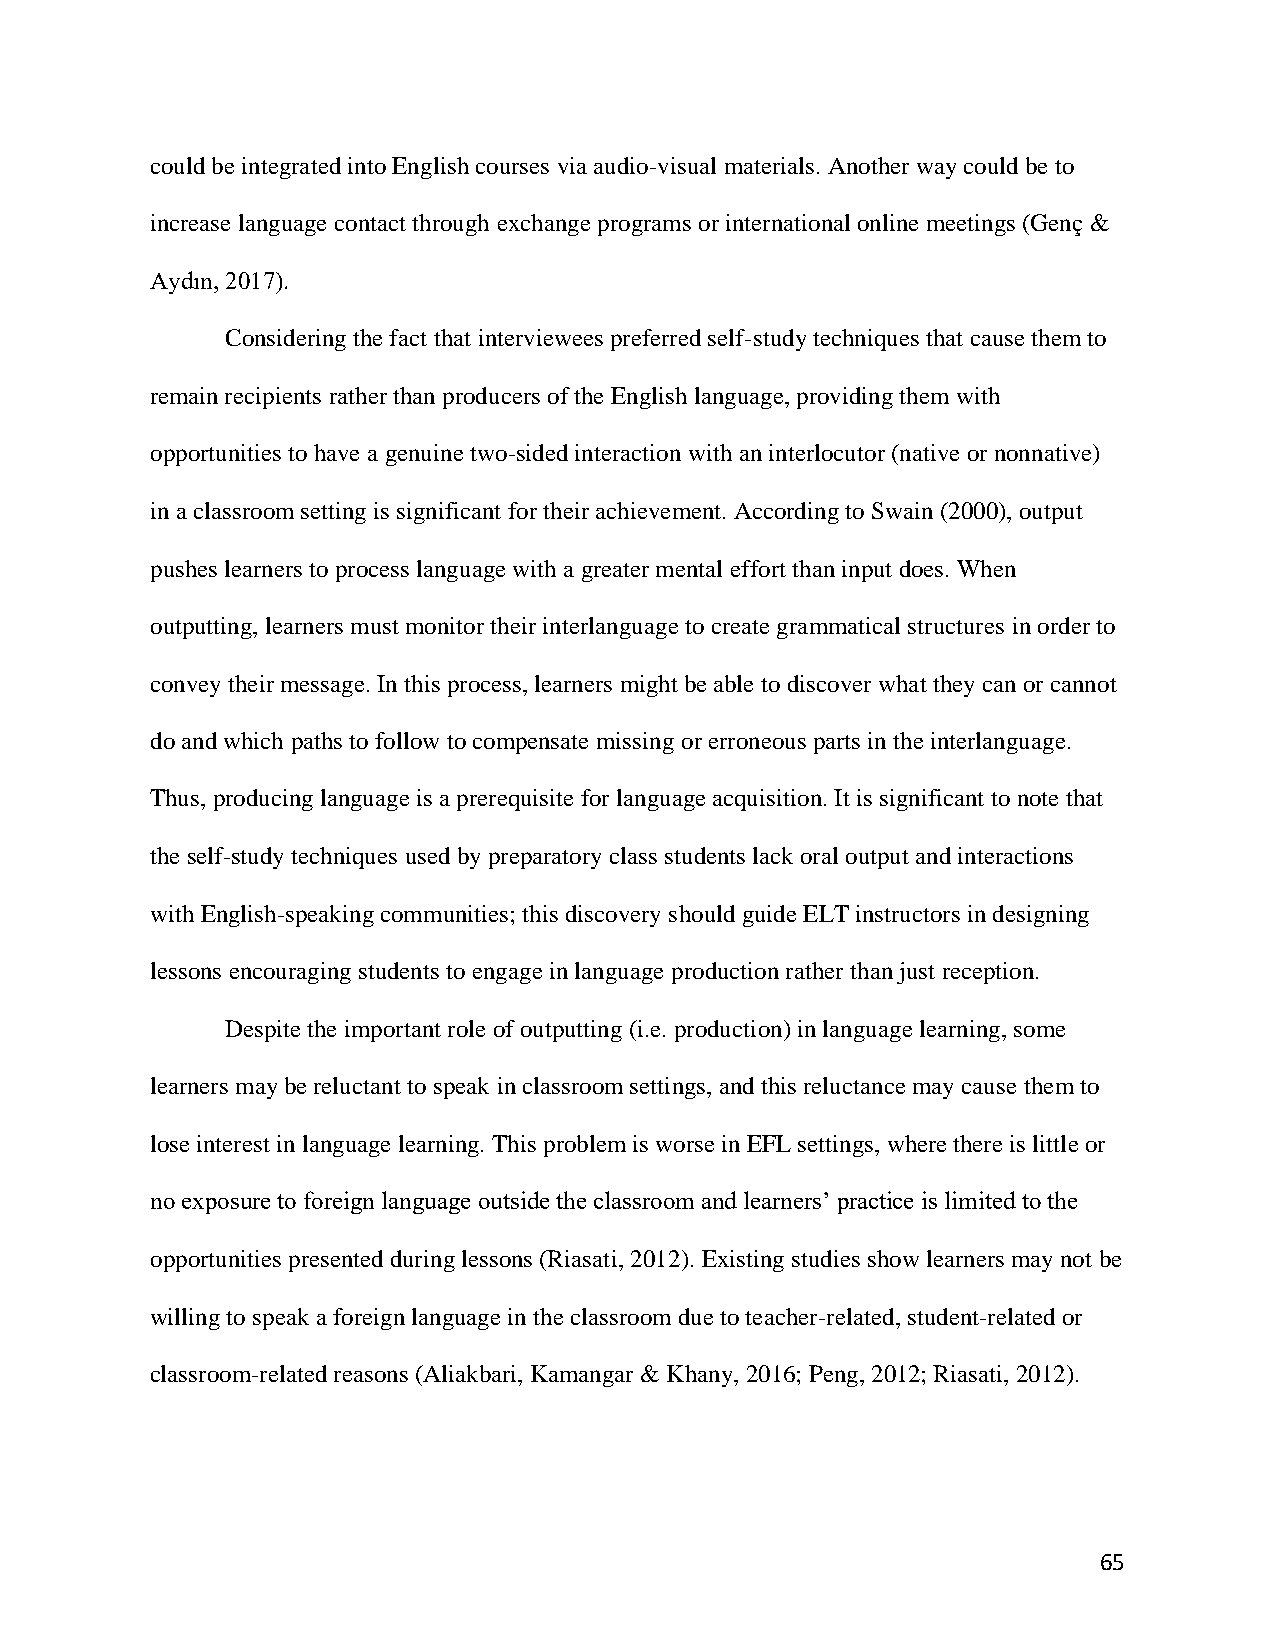
could be integrated into English courses via audio-visual materials. Another way could be to
 increase language contact through exchange programs or international online meetings (Genç &
 Aydın, 2017).
 Considering the fact that interviewees preferred self-study techniques that cause them to
 remain recipients rather than producers of the English language, providing them with
 opportunities to have a genuine two-sided interaction with an interlocutor (native or nonnative)
 in a classroom setting is significant for their achievement. According to Swain (2000), output
 pushes learners to process language with a greater mental effort than input does. When
 outputting, learners must monitor their interlanguage to create grammatical structures in order to
 convey their message. In this process, learners might be able to discover what they can or cannot
 do and which paths to follow to compensate missing or erroneous parts in the interlanguage.
 Thus, producing language is a prerequisite for language acquisition. It is significant to note that
 the self-study techniques used by preparatory class students lack oral output and interactions
 with English-speaking communities; this discovery should guide ELT instructors in designing
 lessons encouraging students to engage in language production rather than just reception.
 Despite the important role of outputting (i.e. production) in language learning, some
 learners may be reluctant to speak in classroom settings, and this reluctance may cause them to
 lose interest in language learning. This problem is worse in EFL settings, where there is little or
 no exposure to foreign language outside the classroom and learners’ practice is limited to the
 opportunities presented during lessons (Riasati, 2012). Existing studies show learners may not be
 willing to speak a foreign language in the classroom due to teacher-related, student-related or
 classroom-related reasons (Aliakbari, Kamangar & Khany, 2016; Peng, 2012; Riasati, 2012).
 65